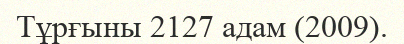
Тұрғыны 2127 адам (2009).